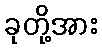
ခုတို့အား